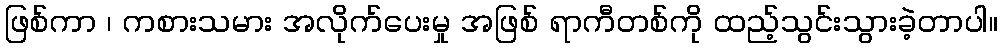
ဖြစ်ကာ ၊ ကစားသမား အလိုက်ပေးမှု အဖြစ် ရာကီတစ်ကို ထည့်သွင်းသွားခဲ့တာပါ။